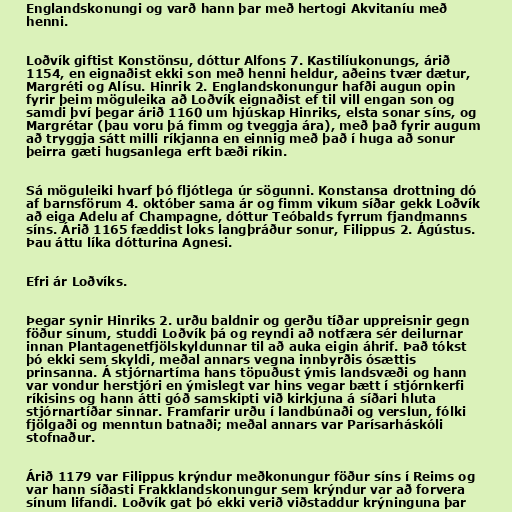
Englandskonungi og varð hann þar með hertogi Akvitaníu með
henni.

Loðvík giftist Konstönsu, dóttur Alfons 7. Kastilíukonungs, árið
1154, en eignaðist ekki son með henni heldur, aðeins tvær dætur,
Margréti og Alísu. Hinrik 2. Englandskonungur hafði augun opin
fyrir þeim möguleika að Loðvík eignaðist ef til vill engan son og
samdi því þegar árið 1160 um hjúskap Hinriks, elsta sonar síns, og
Margrétar (þau voru þá fimm og tveggja ára), með það fyrir augum
að tryggja sátt milli ríkjanna en einnig með það í huga að sonur
þeirra gæti hugsanlega erft bæði ríkin.

Sá möguleiki hvarf þó fljótlega úr sögunni. Konstansa drottning dó
af barnsförum 4. október sama ár og fimm vikum síðar gekk Loðvík
að eiga Adelu af Champagne, dóttur Teóbalds fyrrum fjandmanns
síns. Árið 1165 fæddist loks langþráður sonur, Filippus 2. Ágústus.
Þau áttu líka dótturina Agnesi.

Efri ár Loðvíks.

Þegar synir Hinriks 2. urðu baldnir og gerðu tíðar uppreisnir gegn
föður sínum, studdi Loðvík þá og reyndi að notfæra sér deilurnar
innan Plantagenetfjölskyldunnar til að auka eigin áhrif. Það tókst
þó ekki sem skyldi, meðal annars vegna innbyrðis ósættis
prinsanna. Á stjórnartíma hans töpuðust ýmis landsvæði og hann
var vondur herstjóri en ýmislegt var hins vegar bætt í stjórnkerfi
ríkisins og hann átti góð samskipti við kirkjuna á síðari hluta
stjórnartíðar sinnar. Framfarir urðu í landbúnaði og verslun, fólki
fjölgaði og menntun batnaði; meðal annars var Parísarháskóli
stofnaður.

Árið 1179 var Filippus krýndur meðkonungur föður síns í Reims og
var hann síðasti Frakklandskonungur sem krýndur var að forvera
sínum lifandi. Loðvík gat þó ekki verið viðstaddur krýninguna þar